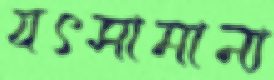
যৎসামান্য